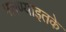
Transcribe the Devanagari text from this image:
मारण्याइतके